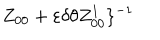
LaTeX: Z _ { 0 0 } + \varepsilon \delta \theta Z _ { 0 0 } ^ { 1 } \} ^ { - 1 }